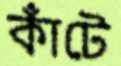
কাঁটে